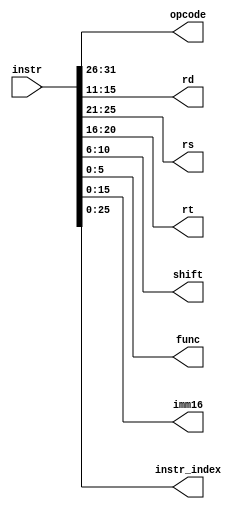
`timescale 1ns / 1ns
//////////////////////////////////////////////////////////////////////////////////
// Company: 
// Engineer: 
// 
// Design Name: 
// Module Name:    decode 
// Project Name: 
// Target Devices: 
// Tool versions: 
// Description: 
//
// Dependencies: 
//
// Revision: 
// Revision 0.01 - File Created
// Additional Comments: 
//
//////////////////////////////////////////////////////////////////////////////////
module decode(
    input [31:0] instr,
    output [5:0] opcode,
    output [4:0] rd,
    output [4:0] rs,
    output [4:0] rt,
    output [4:0] shift,
    output [5:0] func,
    output [15:0] imm16,
    output [25:0] instr_index
    );
	 assign opcode=instr[31:26];
	 assign rs=instr[25:21];
	 assign rt=instr[20:16];
	 assign rd=instr[15:11];
	 assign shift=instr[10:6];
	 assign func=instr[5:0];
	 assign imm16=instr[15:0];
	 assign instr_index=instr[25:0];

endmodule